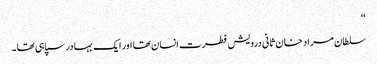
‘‘
سلطان مراد خان ثانی درویش فطرت انسان تھا اور ایک بہادر سپاہی تھا۔